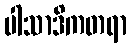
ပါသာဒိကတရာ